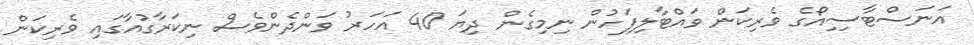
އަނަސްޓާސިިއޯގެ ވެރިކަން ވައްޓާލިފަހުން ނިމިގެން ދިޔަ 40 އަހަރު ވަންދެންވެސް ނިކަރާގުއާގައި ވެރިކަން